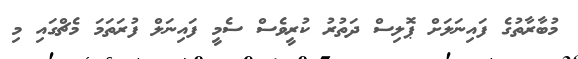
މުބާރާތުގެ ފައިނަލަށް ޕޮލިސް ދަތުރު ކުރީވެސް ސެމީ ފައިނަލް ފުރަތަމަ މެޗްގައި މި